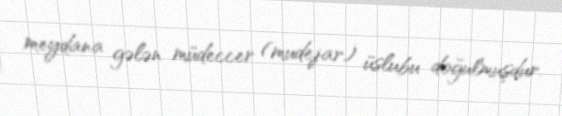
meydana gələn müdeccer (mudejar) üslubu doğulmuşdur.